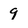
Character: 9